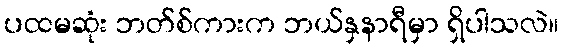
ပထမဆုံး ဘတ်စ်ကားက ဘယ်နှနာရီမှာ ရှိပါသလဲ။